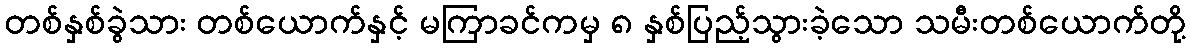
တစ်နှစ်ခွဲသား တစ်ယောက်နှင့် မကြာခင်ကမှ ၈ နှစ်ပြည့်သွားခဲ့သော သမီးတစ်ယောက်တို့